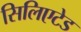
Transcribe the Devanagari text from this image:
सिलिएटेड